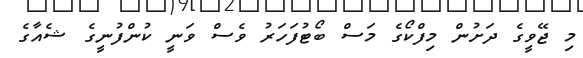
މި ޖޭވީގެ ދަށުން މިފްކޯގެ މަސް ބޯޓުފަހަރު ވެސް ވަނީ ކުންފުނީގެ ޝެއާގެ